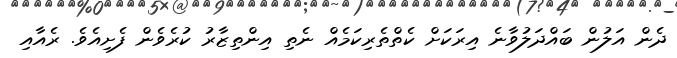
ދެން އަލުން ބައްދަލުވާނެ އިރަކަށް ކެތްތެރިކަމެއް ނެތި އިންތިޒާރު ކުރެވެން ފެށިއެވެ. ރެއާއި